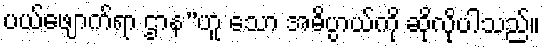
ပယ်ဖျောက်ရာ ဌာန”ဟူ သော အဓိပ္ပာယ်ကို ဆိုလိုပါသည်။